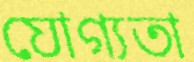
যোগ্যতা